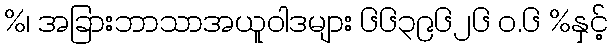
%၊ အခြားဘာသာအယူဝါဒများ ၆၆၃၉၆၂၆ ဝ.၆ %နှင့်